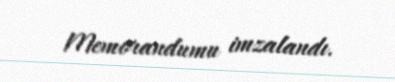
Memorandumu imzalandı.